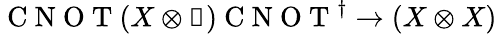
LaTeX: \mathrm{~C~N~O~T~}(X\otimes\mathbb{1})\mathrm{~C~N~O~T~}^{\dagger}\to(X\otimes X)